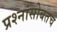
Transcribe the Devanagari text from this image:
प्रश्नांसोबतच